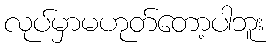
လုပ်မှာမဟုတ်တော့ပါဘူး